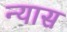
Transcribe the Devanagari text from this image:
न्‍यास